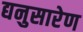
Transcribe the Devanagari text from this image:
द्यनुसारेण